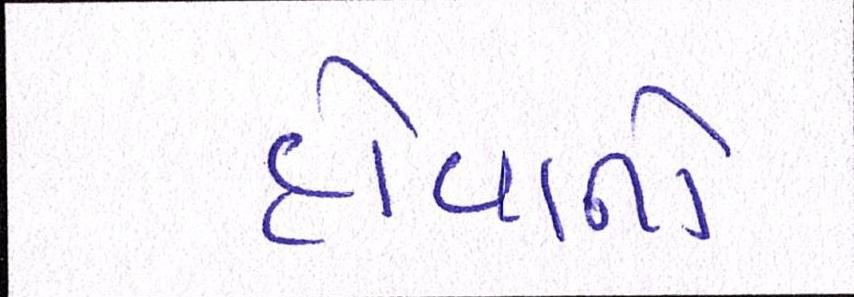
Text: હોવાનો